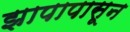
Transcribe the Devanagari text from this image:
झापापासून